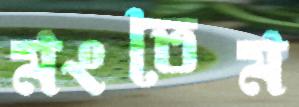
মংতেম